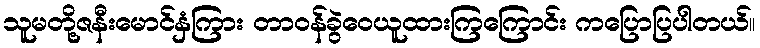
သူမတို့ဇနီးမောင်နှံကြား တာဝန်ခွဲဝေယူထားကြကြောင်း ကပြောပြပါတယ်။